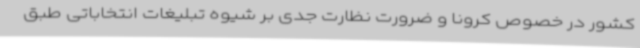
کشور در خصوص کرونا و ضرورت نظارت جدی بر شیوه تبلیغات انتخاباتی طبق